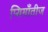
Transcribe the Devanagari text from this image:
प्यिमाँतीज